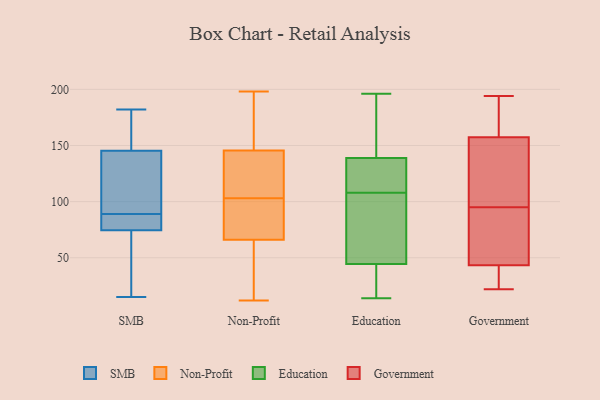
{"axis": {"x": "LTV (USD)", "y": "Value"}, "legend": ["Education", "Government", "Non-Profit", "SMB"], "data": [{"x": "", "y": 15, "type": "SMB"}, {"x": "", "y": 77, "type": "SMB"}, {"x": "", "y": 167, "type": "SMB"}, {"x": "", "y": 141, "type": "SMB"}, {"x": "", "y": 73, "type": "SMB"}, {"x": "", "y": 89, "type": "SMB"}, {"x": "", "y": 178, "type": "SMB"}, {"x": "", "y": 124, "type": "SMB"}, {"x": "", "y": 158, "type": "SMB"}, {"x": "", "y": 135, "type": "SMB"}, {"x": "", "y": 82, "type": "SMB"}, {"x": "", "y": 182, "type": "SMB"}, {"x": "", "y": 75, "type": "SMB"}, {"x": "", "y": 110, "type": "SMB"}, {"x": "", "y": 88, "type": "SMB"}, {"x": "", "y": 64, "type": "SMB"}, {"x": "", "y": 46, "type": "SMB"}, {"x": "", "y": 12, "type": "Non-Profit"}, {"x": "", "y": 65, "type": "Non-Profit"}, {"x": "", "y": 118, "type": "Non-Profit"}, {"x": "", "y": 198, "type": "Non-Profit"}, {"x": "", "y": 150, "type": "Non-Profit"}, {"x": "", "y": 92, "type": "Non-Profit"}, {"x": "", "y": 194, "type": "Non-Profit"}, {"x": "", "y": 133, "type": "Non-Profit"}, {"x": "", "y": 87, "type": "Non-Profit"}, {"x": "", "y": 66, "type": "Non-Profit"}, {"x": "", "y": 66, "type": "Non-Profit"}, {"x": "", "y": 144, "type": "Non-Profit"}, {"x": "", "y": 103, "type": "Non-Profit"}, {"x": "", "y": 125, "type": "Education"}, {"x": "", "y": 42, "type": "Education"}, {"x": "", "y": 33, "type": "Education"}, {"x": "", "y": 122, "type": "Education"}, {"x": "", "y": 140, "type": "Education"}, {"x": "", "y": 23, "type": "Education"}, {"x": "", "y": 137, "type": "Education"}, {"x": "", "y": 163, "type": "Education"}, {"x": "", "y": 139, "type": "Education"}, {"x": "", "y": 108, "type": "Education"}, {"x": "", "y": 18, "type": "Education"}, {"x": "", "y": 196, "type": "Education"}, {"x": "", "y": 82, "type": "Education"}, {"x": "", "y": 52, "type": "Education"}, {"x": "", "y": 14, "type": "Education"}, {"x": "", "y": 105, "type": "Education"}, {"x": "", "y": 79, "type": "Education"}, {"x": "", "y": 138, "type": "Education"}, {"x": "", "y": 170, "type": "Education"}, {"x": "", "y": 93, "type": "Government"}, {"x": "", "y": 109, "type": "Government"}, {"x": "", "y": 38, "type": "Government"}, {"x": "", "y": 194, "type": "Government"}, {"x": "", "y": 170, "type": "Government"}, {"x": "", "y": 59, "type": "Government"}, {"x": "", "y": 95, "type": "Government"}, {"x": "", "y": 22, "type": "Government"}, {"x": "", "y": 152, "type": "Government"}, {"x": "", "y": 159, "type": "Government"}, {"x": "", "y": 37, "type": "Government"}]}